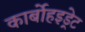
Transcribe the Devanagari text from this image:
कार्बोहइड्रेट